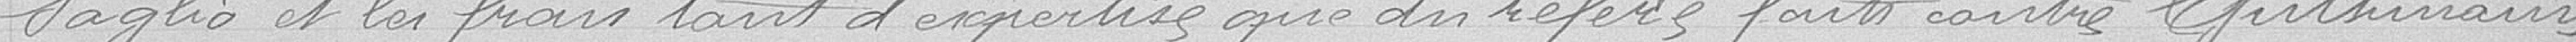
Saglio et les frais tant d'expertise que des relevés faits contre Guthimaus